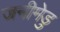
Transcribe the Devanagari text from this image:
जनीमेडु